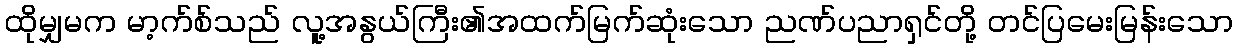
ထိုမျှမက မာ့က်စ်သည် လူ့အနွယ်ကြီး၏အထက်မြက်ဆုံးသော ညဏ်ပညာရှင်တို့ တင်ပြမေးမြန်းသော